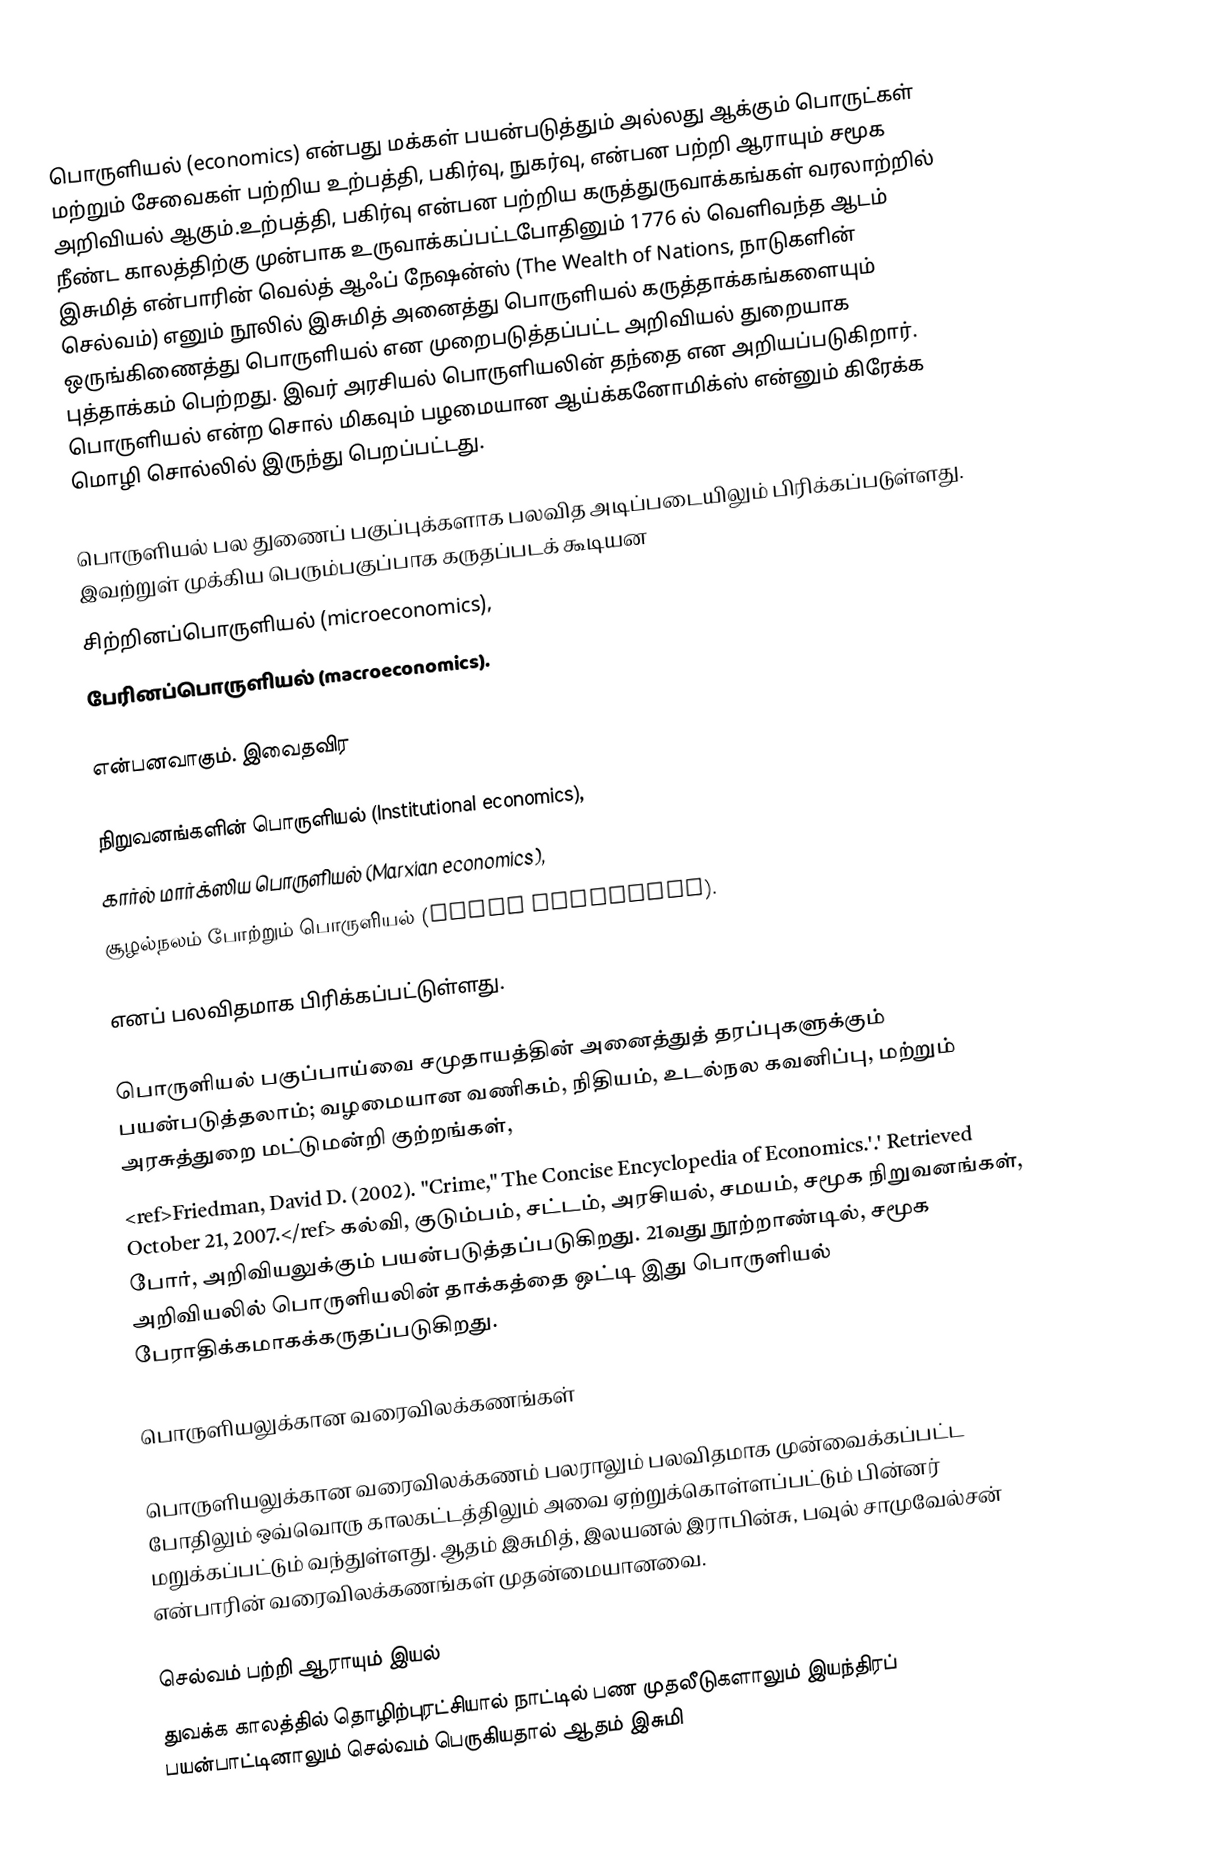
பொருளியல் (economics) என்பது மக்கள் பயன்படுத்தும் அல்லது ஆக்கும் பொருட்கள் மற்றும் சேவைகள்  பற்றிய உற்பத்தி, பகிர்வு, நுகர்வு, என்பன பற்றி ஆராயும் சமூக அறிவியல் ஆகும்.உற்பத்தி, பகிர்வு என்பன பற்றிய கருத்துருவாக்கங்கள் வரலாற்றில் நீண்ட காலத்திற்கு முன்பாக உருவாக்கப்பட்டபோதினும் 1776 ல் வெளிவந்த ஆடம் இசுமித் என்பாரின் வெல்த் ஆஃப் நேஷன்ஸ் (The Wealth of Nations, நாடுகளின் செல்வம்) எனும் நூலில் இசுமித் அனைத்து பொருளியல் கருத்தாக்கங்களையும் ஒருங்கிணைத்து பொருளியல் என முறைபடுத்தப்பட்ட அறிவியல் துறையாக  புத்தாக்கம் பெற்றது. இவர் அரசியல் பொருளியலின் தந்தை என அறியப்படுகிறார். பொருளியல் என்ற சொல் மிகவும் பழமையான ஆய்க்கனோமிக்ஸ் என்னும் கிரேக்க மொழி சொல்லில் இருந்து பெறப்பட்டது.

பொருளியல் பல துணைப் பகுப்புக்களாக பலவித அடிப்படையிலும் பிரிக்கப்படுள்ளது. இவற்றுள் முக்கிய பெரும்பகுப்பாக கருதப்படக் கூடியன
சிற்றினப்பொருளியல் (microeconomics),
பேரினப்பொருளியல் (macroeconomics).

என்பனவாகும். இவைதவிர

நிறுவனங்களின் பொருளியல் (Institutional economics),
கார்ல் மார்க்ஸிய பொருளியல் (Marxian economics),
சூழல்நலம் போற்றும் பொருளியல் (Green economics).

எனப் பலவிதமாக பிரிக்கப்பட்டுள்ளது.

பொருளியல் பகுப்பாய்வை சமுதாயத்தின் அனைத்துத் தரப்புகளுக்கும் பயன்படுத்தலாம்; வழமையான வணிகம், நிதியம், உடல்நல கவனிப்பு, மற்றும் அரசுத்துறை மட்டுமன்றி குற்றங்கள்,
<ref>Friedman, David D. (2002). "Crime," The Concise Encyclopedia of Economics.'.' Retrieved October 21, 2007.</ref> கல்வி, குடும்பம், சட்டம், அரசியல், சமயம், சமூக நிறுவனங்கள், போர், அறிவியலுக்கும்  பயன்படுத்தப்படுகிறது. 21வது நூற்றாண்டில், சமூக அறிவியலில் பொருளியலின் தாக்கத்தை ஒட்டி இது பொருளியல்  பேராதிக்கமாகக்கருதப்படுகிறது.

பொருளியலுக்கான வரைவிலக்கணங்கள்

பொருளியலுக்கான வரைவிலக்கணம் பலராலும் பலவிதமாக முன்வைக்கப்பட்ட போதிலும் ஒவ்வொரு காலகட்டத்திலும் அவை ஏற்றுக்கொள்ளப்பட்டும் பின்னர் மறுக்கப்பட்டும் வந்துள்ளது. ஆதம் இசுமித், இலயனல் இராபின்சு, பவுல் சாமுவேல்சன் என்பாரின் வரைவிலக்கணங்கள் முதன்மையானவை.

செல்வம் பற்றி ஆராயும் இயல்
துவக்க காலத்தில் தொழிற்புரட்சியால் நாட்டில் பண முதலீடுகளாலும் இயந்திரப் பயன்பாட்டினாலும் செல்வம் பெருகியதால் ஆதம் இசுமி